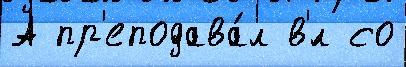
А пр'еподава́л в'́л со